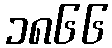
၁၈၆၆